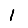
Digit: 1